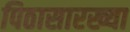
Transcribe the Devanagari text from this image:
पिठासारख्या